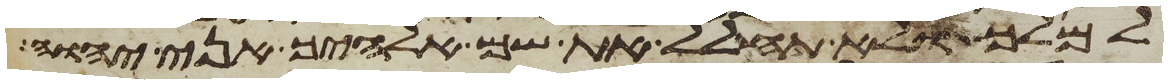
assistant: למלך ולא תחלל את שם אלהיך אני יהוה